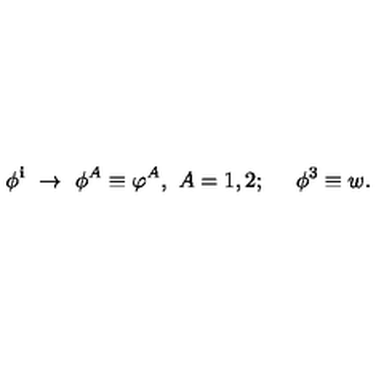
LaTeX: \phi ^ { \bf { i } } \ \rightarrow \ \phi ^ { A } \equiv \varphi ^ { A } , \ A = 1 , 2 ; \quad \ \phi ^ { 3 } \equiv w .